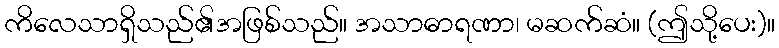
ကိလေသာရှိသည်၏အဖြစ်သည်။ အသာဓာရဏာ၊ မဆက်ဆံ။ (ဤသို့ပေး)။